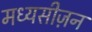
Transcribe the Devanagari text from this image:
मध्यसीज़न